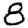
Digit: 8